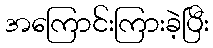
အကြောင်းကြားခဲ့ပြီး